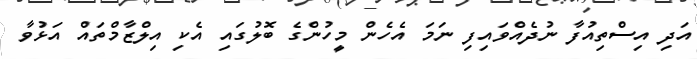
އަދި އިސްތިއުފާ ނުދެއްވައިފި ނަމަ އެހެން މީހުންގެ ބޮލުގައި އެކި އިލްޒާމްތައް އަޅުވާ